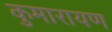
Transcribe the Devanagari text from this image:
कुमारायण